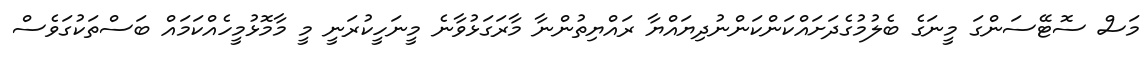
މަސް ސޮޓޭސަންގަ މީނަގެ ބެލުމުގެދަށައްކަންކަންނުދިޔައްޔާ ރައްޔިތުންނާ މާރަގަޅުވާނެ މީނަހީކުރަނީ މީ މާމޮޅުމީހެއްކަމައް ބަސްތަކުގަވެސް